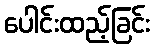
ပေါင်းထည့်ခြင်း